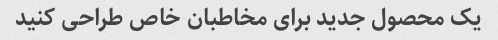
یک محصول جدید برای مخاطبان خاص طراحی کنید